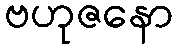
ဗဟုဇနော